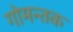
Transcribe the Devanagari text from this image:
गोमन्तक